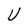
Character: U